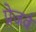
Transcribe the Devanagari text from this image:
प्रेजर्व